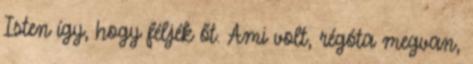
Isten így, hogy féljék őt. Ami volt, régóta megvan,